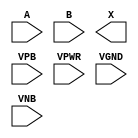
module sky130_fd_sc_hd__xor2 (
    //# {{data|Data Signals}}
    input  A   ,
    input  B   ,
    output X   ,

    //# {{power|Power}}
    input  VPB ,
    input  VPWR,
    input  VGND,
    input  VNB
);
endmodule